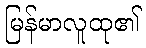
မြန်မာလူထု၏